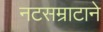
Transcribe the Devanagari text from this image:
नटसम्राटाने